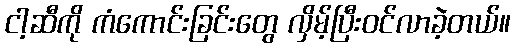
ငါ့ဆီကို ကံကောင်းခြင်းတွေ လှိမ့်ပြီးဝင်လာခဲ့တယ်။